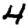
Digit: 4